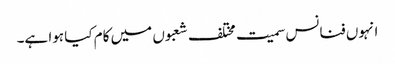
انہوں فنانس سمیت مختلف شعبوں میں کام کیا ہوا ہے۔